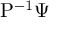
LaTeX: { \mathrm { P } } ^ { - 1 } \Psi